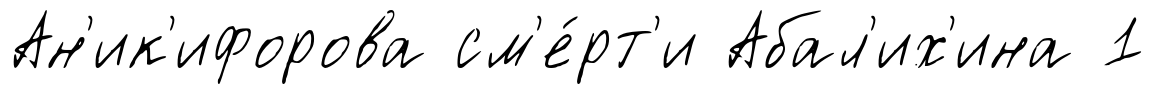
Ан'ик'ифорова см'е́рт'и Абал'их'ина 1